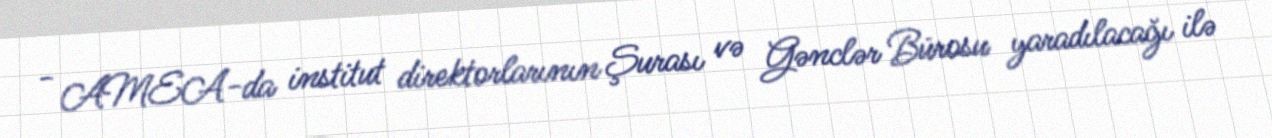
- AMEA-da institut direktorlarının Şurası və Gənclər Bürosu yaradılacağı ilə